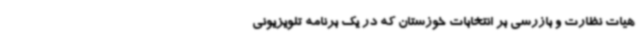
هیات نظارت و بازرسی بر انتخابات خوزستان که در یک برنامه تلویزیونی